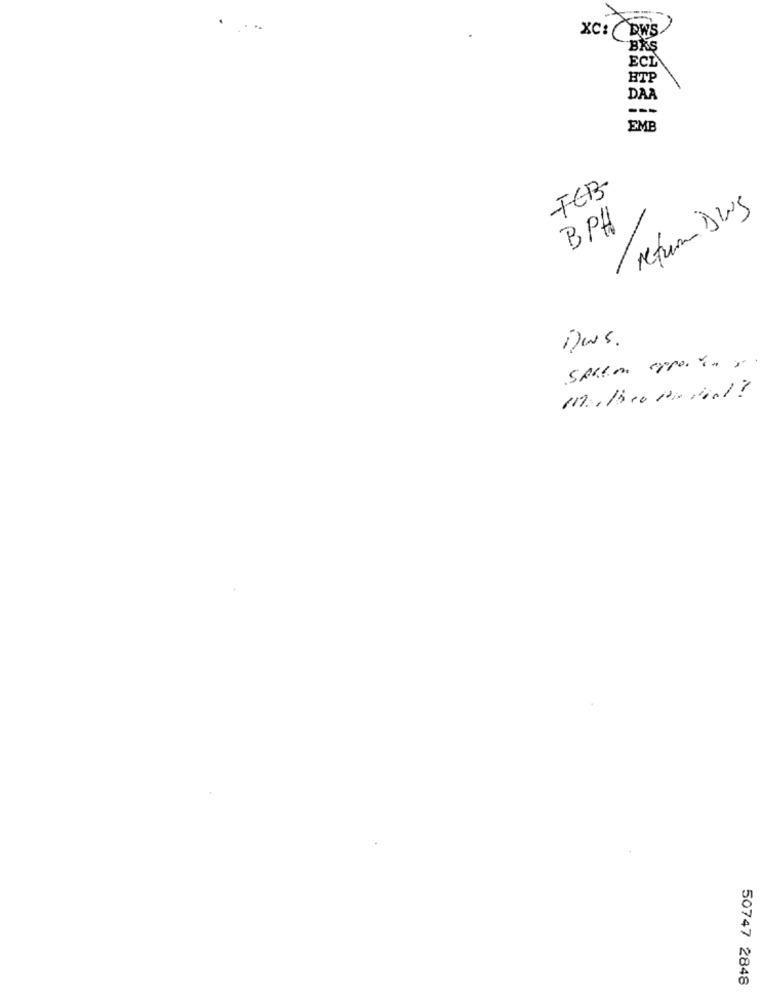
XC: DWS
BRS
ECL
HTP
DAA
EMB
FEB-
return Dus
BPH
Des .
50747 2848